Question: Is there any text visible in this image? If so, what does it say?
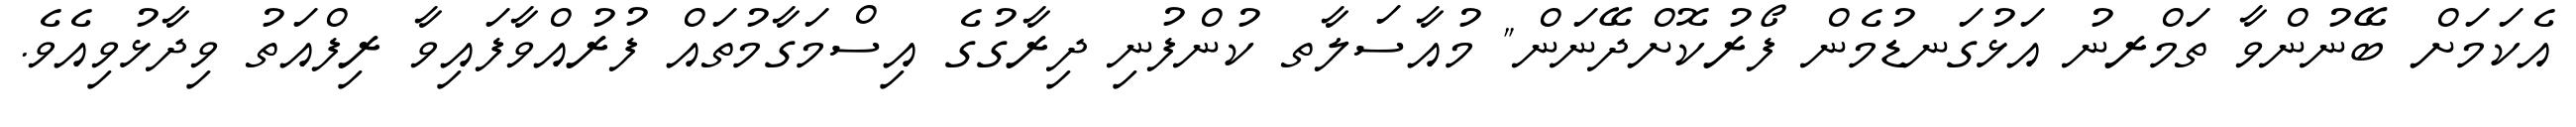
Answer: އެކަމަށް ބޭނުންވާ ތަމްރނު އަޅުގަނޑުމެން ފޯރުކޮށްދޭނަން" މުއާސަލާތ ކުންފުނި ދިރާގުގެ އިސްމަގާމުތައް ފުރުއްވާފައިވާ ރިފްއަތު ވިދާޅުވިއެވެ.